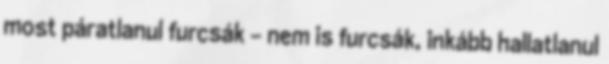
most páratlanul furcsák - nem is furcsák, inkább hallatlanul